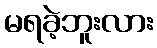
မရခဲ့ဘူးလား